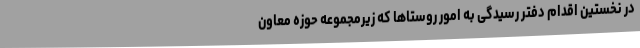
در نخستین اقدام دفتر رسیدگی به امور روستاها که زیرمجموعه حوزه معاون